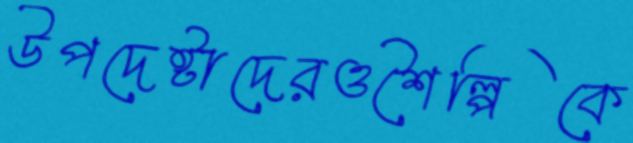
উপদেষ্টাদেরওশৈল্পিকে